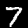
Label: 7